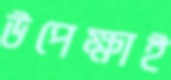
উপেক্ষাই